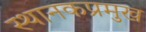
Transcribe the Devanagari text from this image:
स्थानकप्रमुख